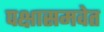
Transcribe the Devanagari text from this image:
पक्षासमवेत